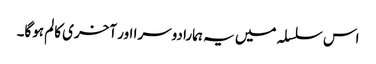
اس سلسلہ میں یہ ہمارا دوسرا اور آخری کالم ہوگا۔